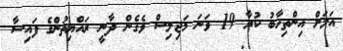
އަލަށް އިންތިހާބު ކުރާ 19 ވަނަ މަޖިލިސް ވެގެން ދާނީ ރައްޔިތުންގެ ފައިސާ